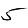
Digit: 5